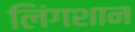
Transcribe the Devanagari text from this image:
लिंगशान